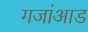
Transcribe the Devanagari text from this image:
गजांआड